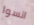
انسوا